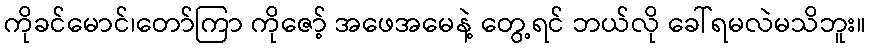
ကိုခင်မောင်၊တော်ကြာ ကိုဇော့် အဖေအမေနဲ့ တွေ့ရင် ဘယ်လို ခေါ်ရမလဲမသိဘူး။